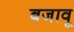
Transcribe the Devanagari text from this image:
बजावू